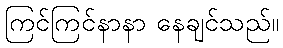
ကြင်ကြင်နာနာ နေချင်သည်။